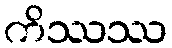
ကိဿဿ